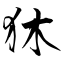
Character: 狇